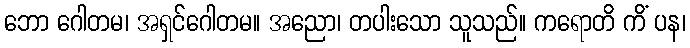
ဘော ဂေါတမ၊ အရှင်ဂေါတမ။ အညော၊ တပါးသော သူသည်။ ကရောတိ ကိံ ပန၊